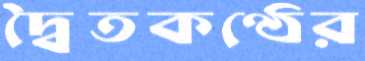
দ্বৈতকণ্ঠের